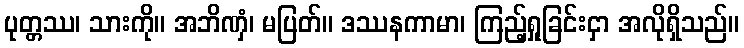
ပုတ္တဿ၊ သားကို။ အဘိဏှံ၊ မပြတ်။ ဒဿနကာမာ၊ ကြည့်ရှုခြင်းငှာ အလိုရှိသည်။